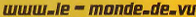
www.le-monde.de.vu